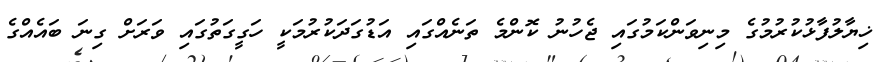
ޚިޔާލުފާޅުކުރުމުގެ މިނިވަންކަމުގައި ޖެހުނު ކޮންމެ ތަނެއްގައި އަޑުގަދަކުރުމަކީ ހަގީގަތުގައި ވަރަށް ގިނަ ބައެއްގެ